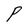
Character: P